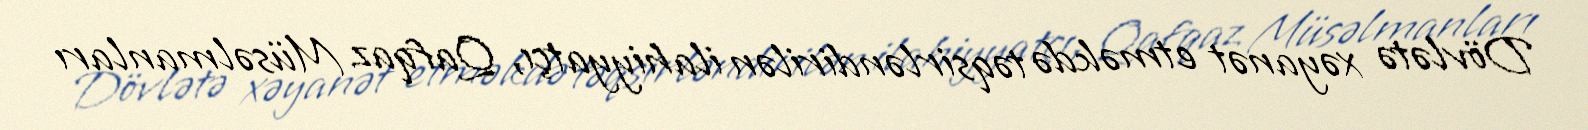
Dövlətə xəyanət etməkdə təqsirləndirilən ilahiyyatçı, Qafqaz Müsəlmanları